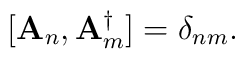
[{\bf A}_{n},{\bf A}^{\dag}_{m}]=\delta_{nm}.